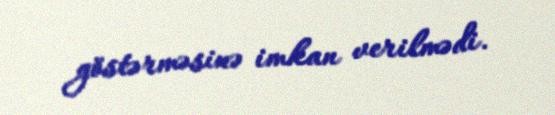
göstərməsinə imkan verilmədi.